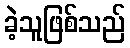
ခဲ့သူဖြစ်သည်